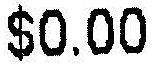
$0.00